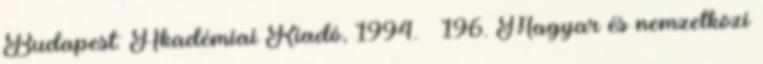
Budapest: Akadémiai Kiadó, 1994. – 196. Magyar és nemzetközi